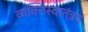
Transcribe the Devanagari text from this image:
व्यक्तिस्वातंत्रय